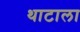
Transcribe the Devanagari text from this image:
थाटाला